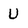
Character: U